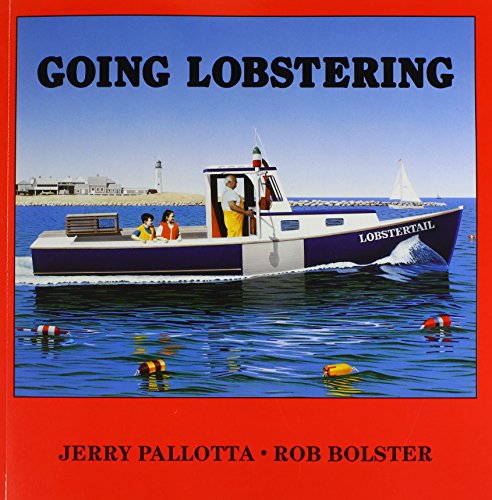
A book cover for Going Lobstering (Outdoor Adventures); Jerry Pallotta; Children's Books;